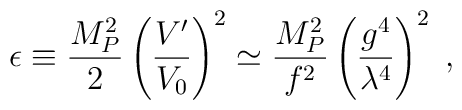
\epsilon \equiv \frac{M_P^2}{2} \left(\frac{V'}{V_0}\right)^2 \simeq\frac{M_P^2}{f^2}  \left(\frac{g^4}{\lambda^4}\right)^2 \;,